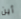
أين